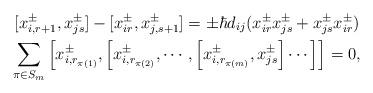
LaTeX: \begin{gather*} [x_{i,r+1}^\pm,x_{js}^\pm]-[x_{ir}^\pm,x_{j,s+1}^\pm]=\pm \hbar d_{ij}(x_{ir}^\pm x_{js}^\pm+x_{js}^\pm x_{ir}^\pm )\\ \sum_{\pi \in S_{m}} \left[x_{i,r_{\pi(1)}}^{\pm}, \left[x_{i,r_{\pi(2)}}^{\pm}, \cdots, \left[x_{i,r_{\pi(m)}}^{\pm},x_{js}^{\pm}\right] \cdots\right]\right] = 0,\end{gather*}